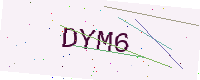
Text: DYM6